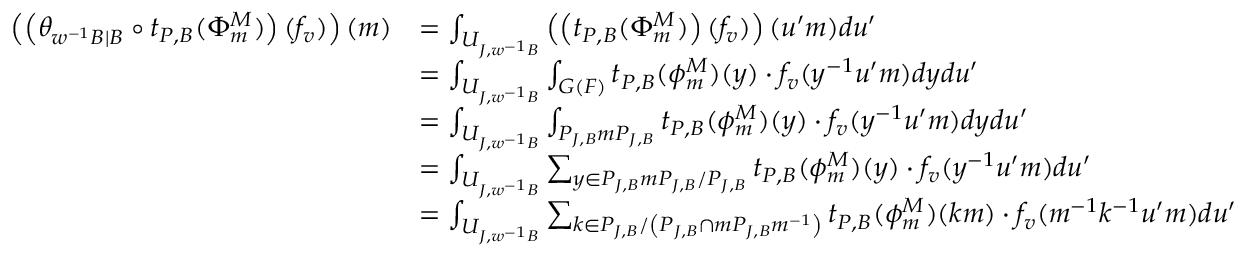
\begin{array} { r l } { \left( \left( \theta _ { w ^ { - 1 } B \mid B } \circ t _ { P , B } ( \Phi _ { m } ^ { M } ) \right) ( f _ { v } ) \right) ( m ) } & { = \int _ { U _ { J , w ^ { - 1 } B } } \left( \left( t _ { P , B } ( \Phi _ { m } ^ { M } ) \right) ( f _ { v } ) \right) ( u ^ { \prime } m ) d u ^ { \prime } } \\ & { = \int _ { U _ { J , w ^ { - 1 } B } } \int _ { G ( F ) } t _ { P , B } ( \phi _ { m } ^ { M } ) ( y ) \cdot f _ { v } ( y ^ { - 1 } u ^ { \prime } m ) d y d u ^ { \prime } } \\ & { = \int _ { U _ { J , w ^ { - 1 } B } } \int _ { P _ { J , B } m P _ { J , B } } t _ { P , B } ( \phi _ { m } ^ { M } ) ( y ) \cdot f _ { v } ( y ^ { - 1 } u ^ { \prime } m ) d y d u ^ { \prime } } \\ & { = \int _ { U _ { J , w ^ { - 1 } B } } \sum _ { y \in P _ { J , B } m P _ { J , B } / P _ { J , B } } t _ { P , B } ( \phi _ { m } ^ { M } ) ( y ) \cdot f _ { v } ( y ^ { - 1 } u ^ { \prime } m ) d u ^ { \prime } } \\ & { = \int _ { U _ { J , w ^ { - 1 } B } } \sum _ { k \in P _ { J , B } / \left( P _ { J , B } \cap m P _ { J , B } m ^ { - 1 } \right) } t _ { P , B } ( \phi _ { m } ^ { M } ) ( k m ) \cdot f _ { v } ( m ^ { - 1 } k ^ { - 1 } u ^ { \prime } m ) d u ^ { \prime } } \end{array}